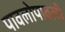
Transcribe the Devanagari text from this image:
पावलोपावली